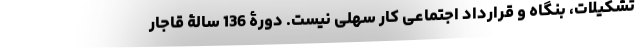
تشکیلات، بنگاه و قراردادِ اجتماعی کارِ سهلی نیست. دورۀ 136 سالۀ قاجار